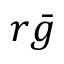
r { \bar { g } }